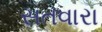
સતવારા